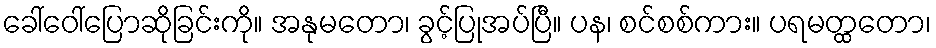
ခေါ်ဝေါ်ပြောဆိုခြင်းကို။ အနုမတော၊ ခွင့်ပြုအပ်ပြီ။ ပန၊ စင်စစ်ကား။ ပရမတ္ထတော၊